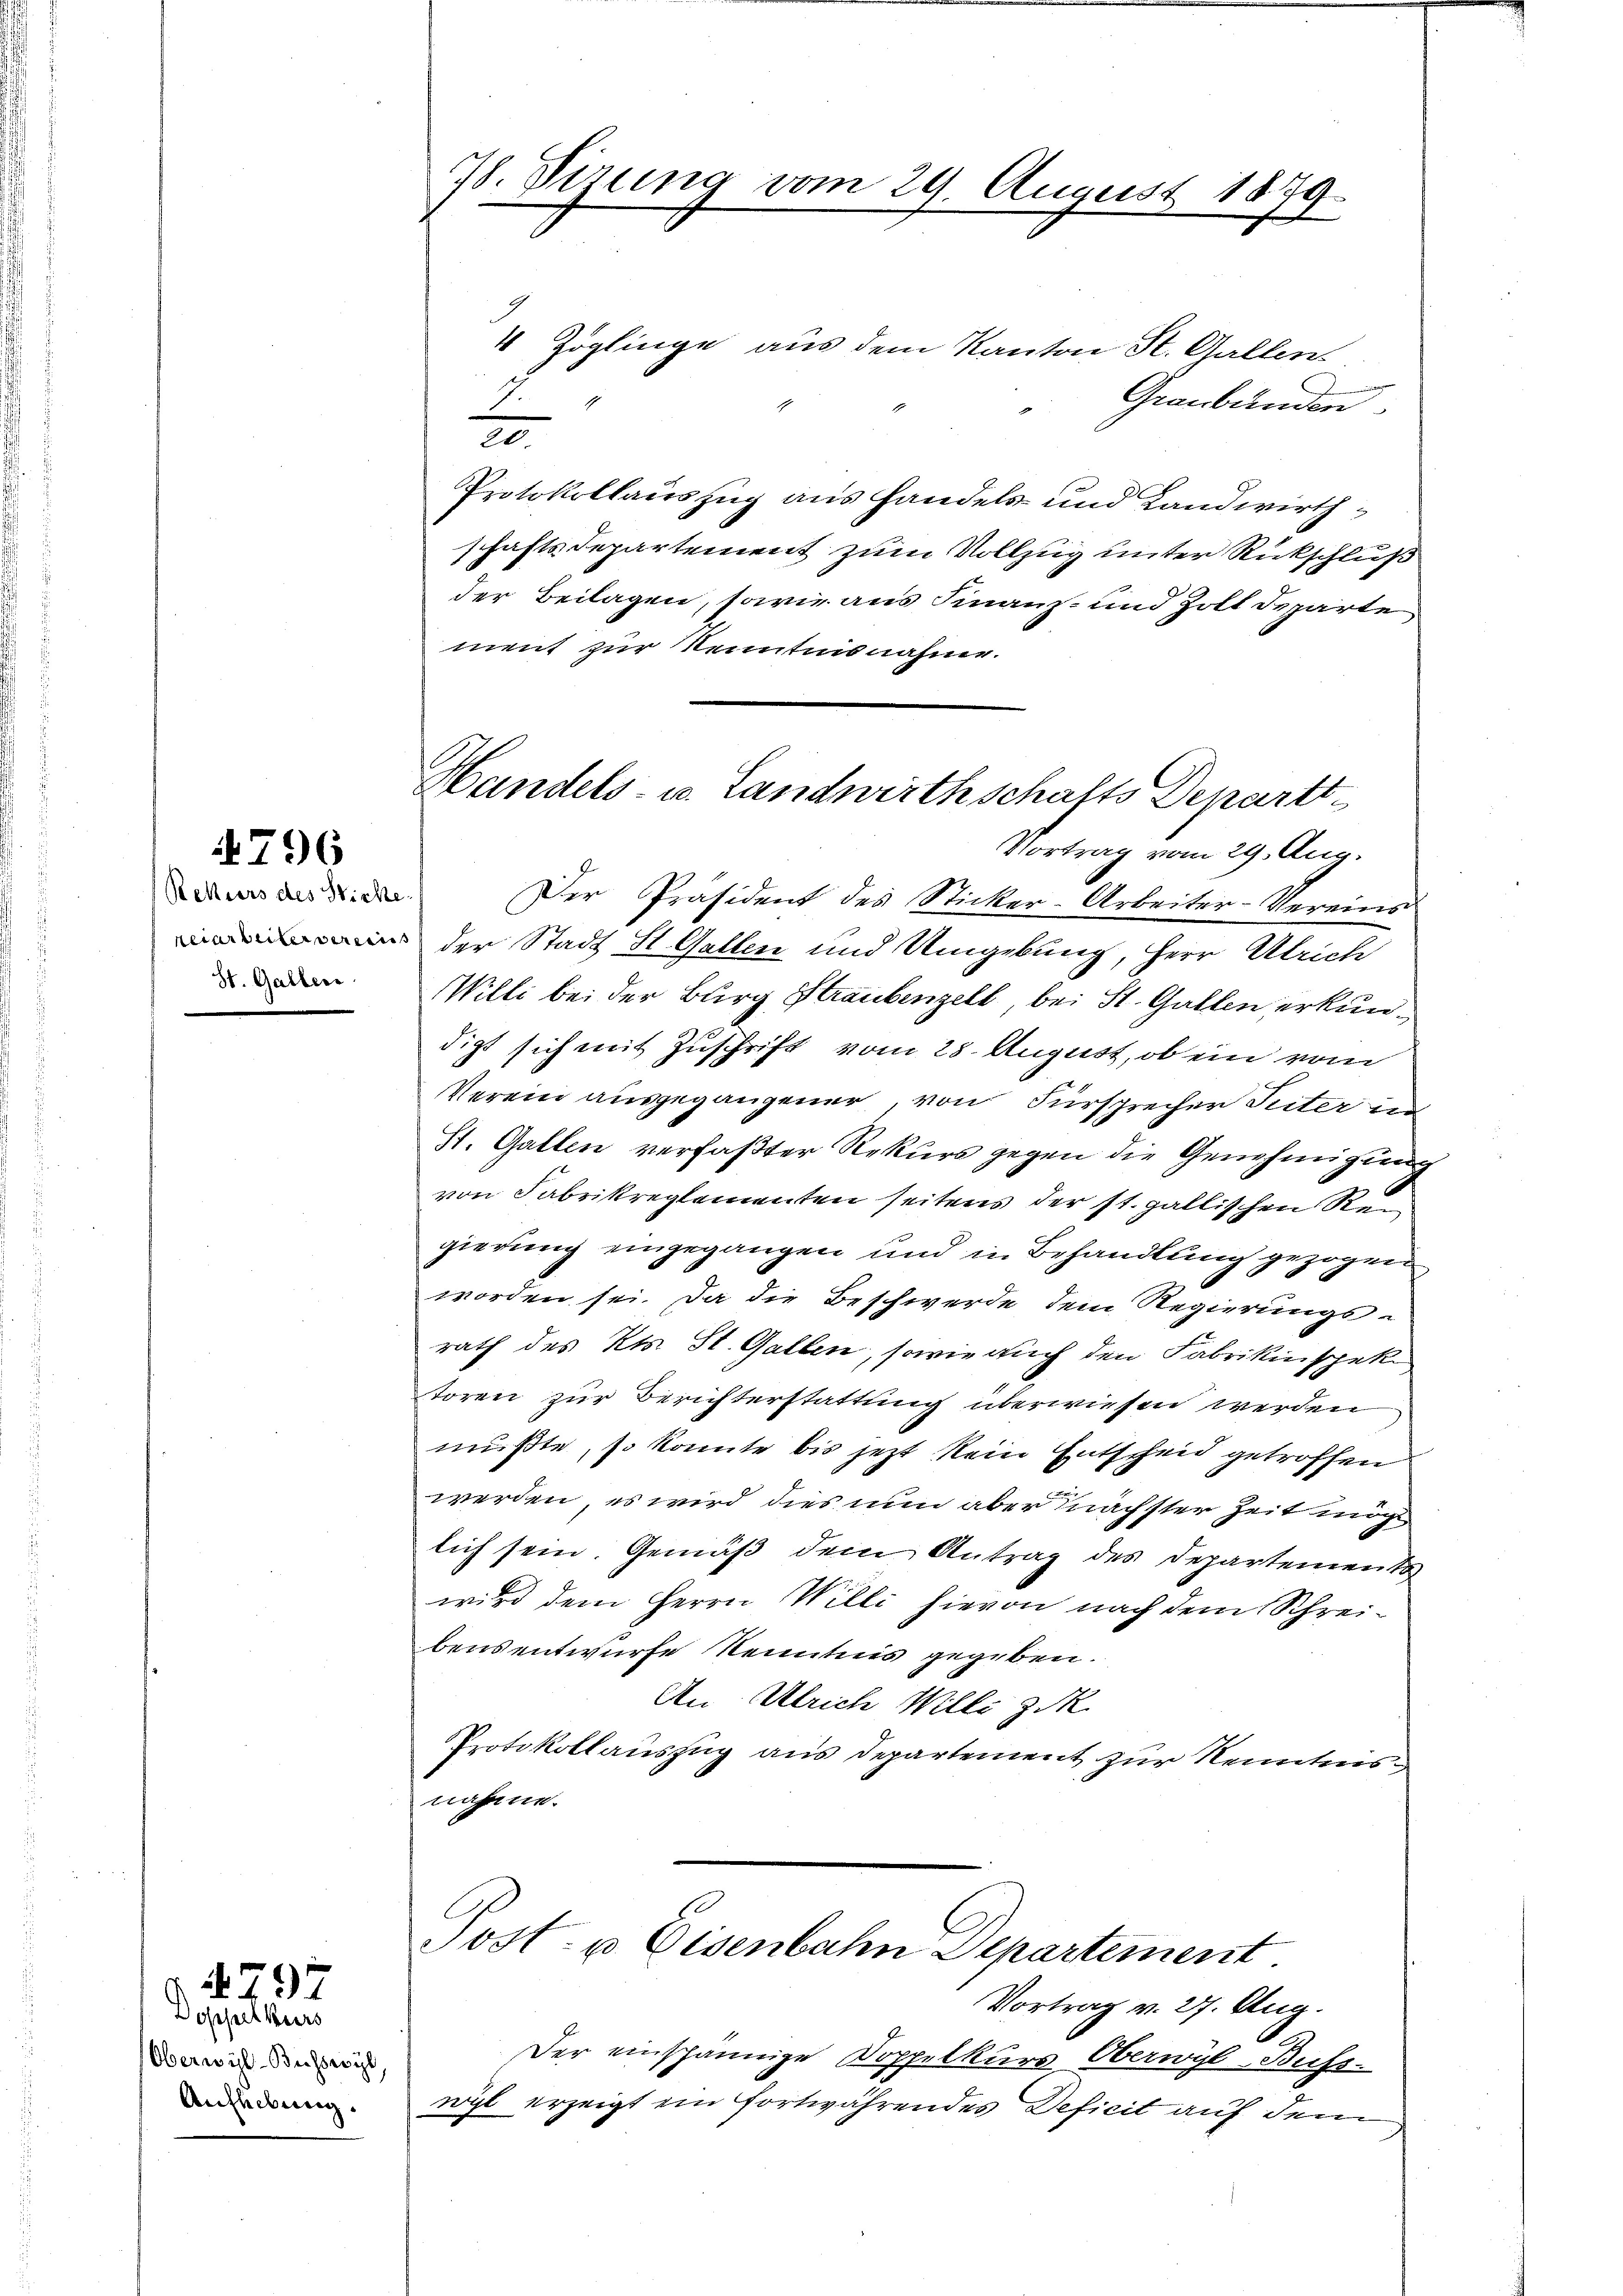
4796

Rekurs des Wiche
St. Gallen

Doppelkurs
Oberwil-Buchswyl
Auflebung.

4797

78. Sizung vom 29. August 1879

4 Zöglinge aus dem Kanton St. Gallen.
F
Graubünden
.
Protokollauszug aus Handels und Landwirthschaftsdepartement zum Vollzug unter Rückschluß
der Beilagen, sowie aus Finanz- und Zoll Departe
ment zur Kenntnisnahme.
Vortrag vom 29. Aug.
Der Präsident des Sticker-Arbeiter-Vereins
 der Stadt St. Gallen und Umgebung, Herr Ulrich
Willi bei der Burg Straubenzell, bei St. Gallen erkundigt sich mit Zuschrift vom 28. August, ob ein vom
Verein ausgegangener, von Fürsprecher Seiter in
St. Gallen verfaßter Rekurs gegen die Genehmigung
von Fabrikreglementen seitens der st. gallischen Reu
gierung eingegangen und in Behandlung gezogen
worden sei. Da die Beschwerde dem Regierungs-
rath des Kts. St. Gallen, sowie auch den Fabrikinspek
toren zur Berichterstattung überwiesen werden
mußte, so konnte bis jezt kein Entscheid getroffen
werden, es wird dies nun aber nächster Zeit möcht
lich sein. Gemäß dem Antrag des Departements
wird dem Herrn Willi hievon nach dem Schreibens entwurfe Kenntnis gegeben.
An Ulrich Willi zuk
Protokollauszug aus Departement zur Kenntnis
nahme.

Handels- u. Landwirthschafts Departt¬

Post- u Eisenbahn Separtement.

Vortrag v. 27. Aug
Der einspännige Doppelkurs Oberwyl-Buchs-
wyl erzeigt ein fortwährendes Deficit auf dem